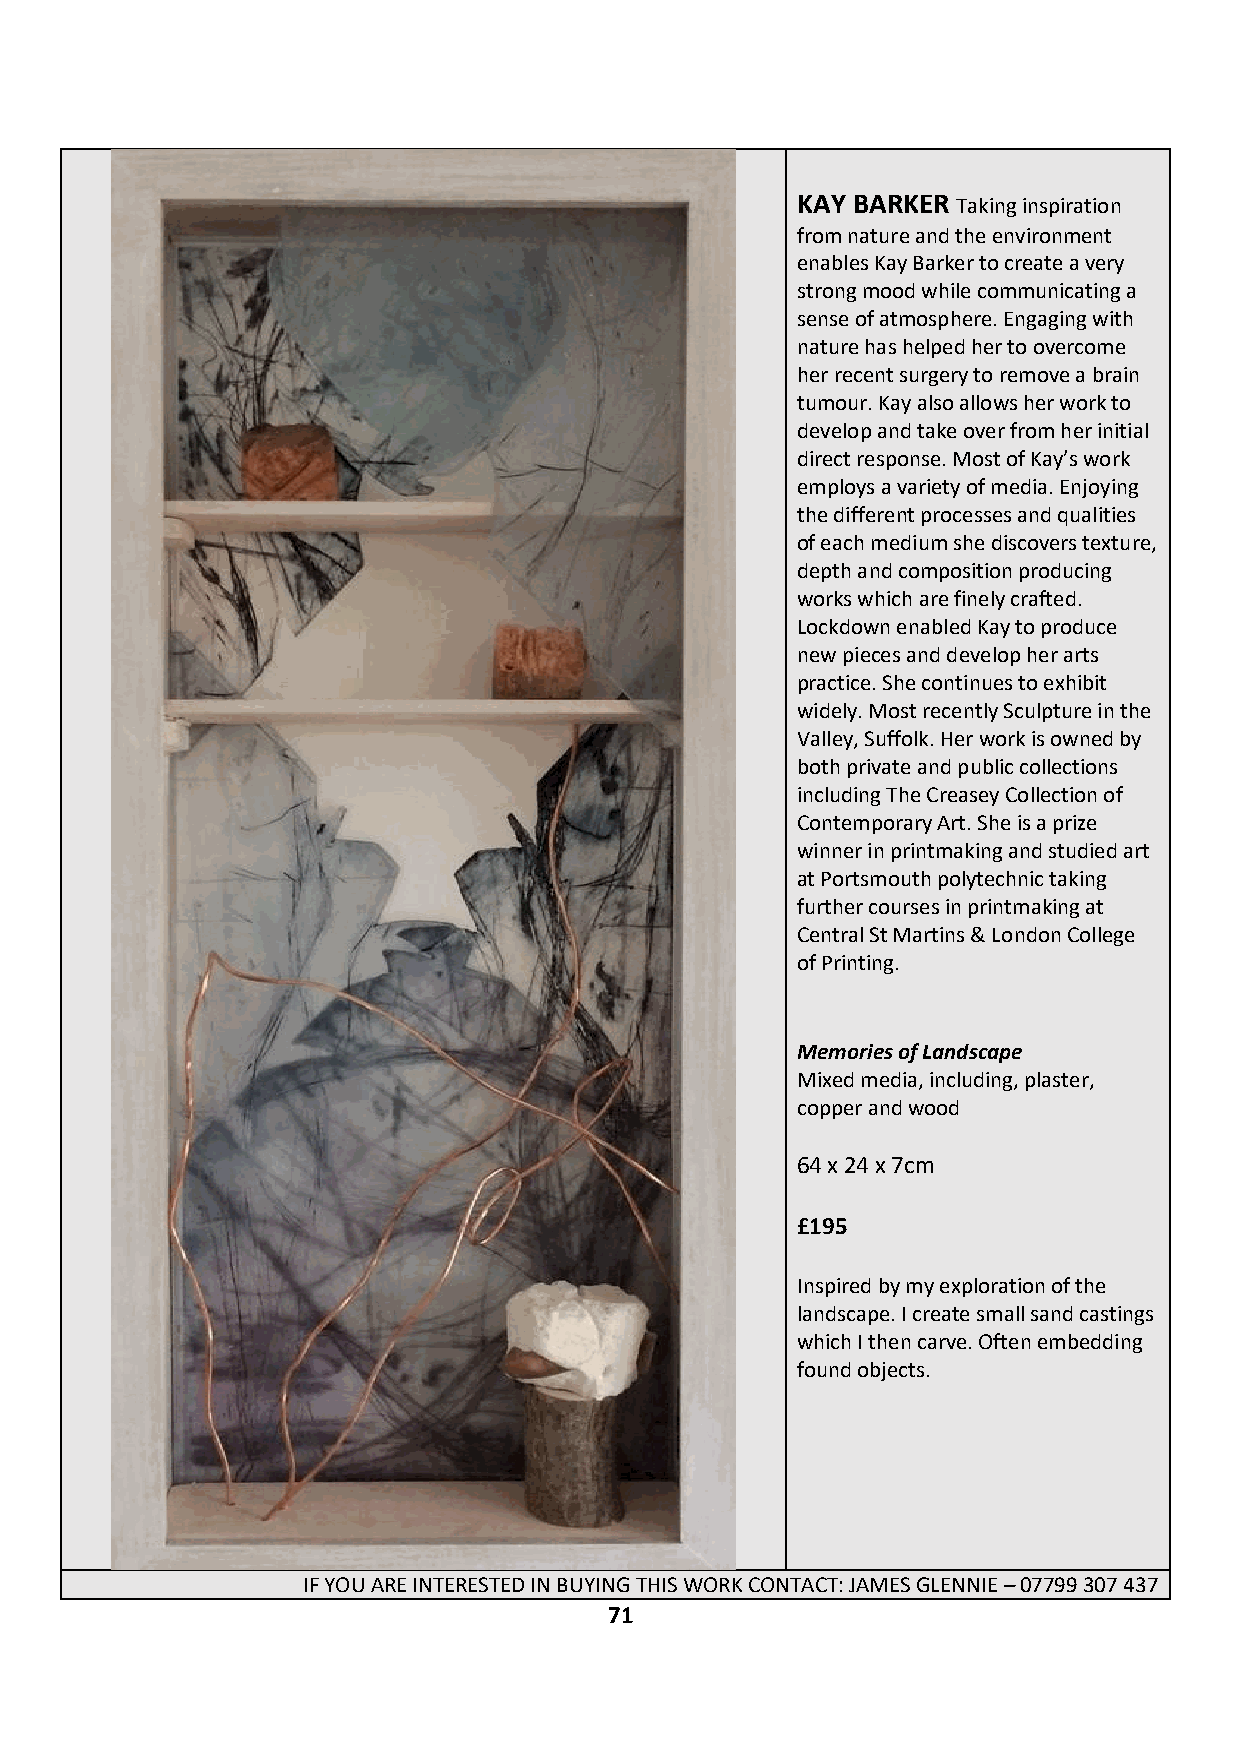
KAY BARKER Taking inspiration
 from nature and the environment
 enables Kay Barker to create a very
 strong mood while communicating a
 sense of atmosphere. Engaging with
 nature has helped her to overcome
 her recent surgery to remove a brain
 tumour. Kay also allows her work to
 develop and take over from her initial
 direct response. Most of Kay’s work
 employs a variety of media. Enjoying
 the different processes and qualities
 of each medium she discovers texture,
 depth and composition producing
 works which are finely crafted.
 Lockdown enabled Kay to produce
 new pieces and develop her arts
 practice. She continues to exhibit
 widely. Most recently Sculpture in the
 Valley, Suffolk. Her work is owned by
 both private and public collections
 including The Creasey Collection of
 Contemporary Art. She is a prize
 winner in printmaking and studied art
 at Portsmouth polytechnic taking
 further courses in printmaking at
 Central St Martins & London College
 of Printing.
 Memories of Landscape
 Mixed media, including, plaster,
 copper and wood
 64 x 24 x 7cm
 £195
 Inspired by my exploration of the
 landscape. I create small sand castings
 which I then carve. Often embedding
 found objects.
 IF YOU ARE INTERESTED IN BUYING THIS WORK CONTACT: JAMES GLENNIE – 07799 307 437
 71